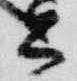
公